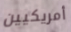
أمريكيين